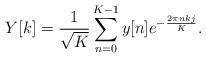
LaTeX: \begin{align*}Y[k]=\frac{1}{\sqrt{K}} \sum_{n=0}^{K-1} y[n] e^{-\frac{2\pi nkj}{K}}. \end{align*}